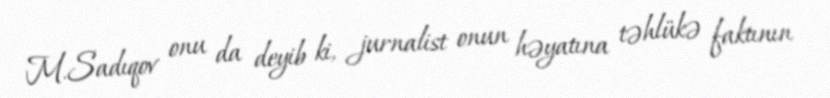
M.Sadıqov onu da deyib ki, jurnalist onun həyatına təhlükə faktının